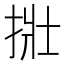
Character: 𪭿